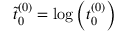
\tilde { t } _ { 0 } ^ { ( 0 ) } = \log { \left( t _ { 0 } ^ { ( 0 ) } \right) }